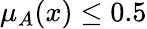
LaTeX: \mu_{A}(x)\leq 0.5